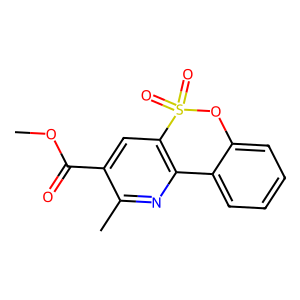
SMILES: COC(=O)c1cc2c(nc1C)-c1ccccc1OS2(=O)=O
Inhibits HIV replication: No